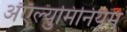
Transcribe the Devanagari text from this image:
अॅऍल्युमिनियम